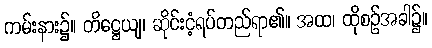
ကမ်းနား၌။ တိဋ္ဌေယျ၊ ဆိုင်းငံ့ရပ်တည်ရာ၏။ အထ၊ ထိုစဉ်အခါ၌။